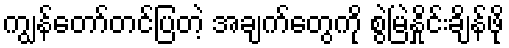
ကျွန်တော်တင်ပြတဲ့ အချက်တွေကို စွဲမြဲနှိုင်းချိန်ဖို